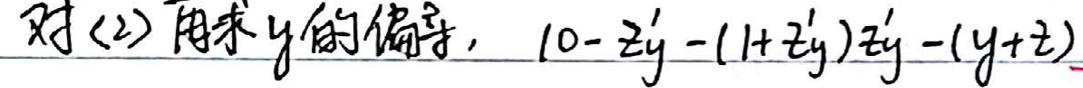
对(2)求\(y\)的偏导，\(10 - 2y' - (1 + 2y')z' - (y + z)\)